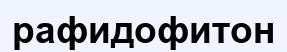
рафидофитон